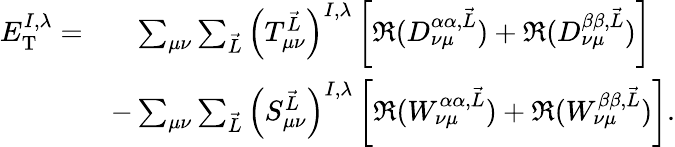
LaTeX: \begin{array}{rl}{E_{\textrm{T}}^{I,\lambda}=}&{{\phantom{-}}\sum_{\mu\nu}\sum_{\vec{L}}\left(T_{\mu\nu}^{\vec{L}}\right)^{I,\lambda}\left[\Re(D_{\nu\mu}^{\alpha\alpha,\vec{L}})+\Re(D_{\nu\mu}^{\beta\beta,\vec{L}})\right]}\\ &{-\sum_{\mu\nu}\sum_{\vec{L}}\left(S_{\mu\nu}^{\vec{L}}\right)^{I,\lambda}\left[\Re(W_{\nu\mu}^{\alpha\alpha,\vec{L}})+\Re(W_{\nu\mu}^{\beta\beta,\vec{L}})\right].}\end{array}